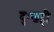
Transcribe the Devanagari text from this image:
दुःखही